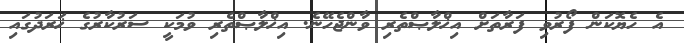
އެ ހެޔޮކަން ފޯރުވި ފަރާތަށް އިޚްލާޞްތެރި ވާންޖެހޭނެ. އިޚްލާޞްތެރި ވުމަކީ ސަރުކާރުގެ ޚަރަދުގައި